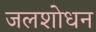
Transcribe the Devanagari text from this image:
जलशोधन